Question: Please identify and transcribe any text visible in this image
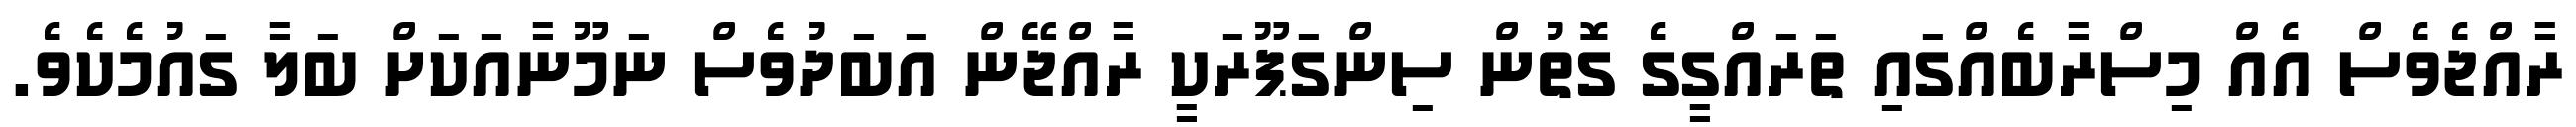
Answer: ރާއްޖެވެސް އެއް މިސްރާބެއްގައި ތަރައްގީގެ ގޮތުން ސިންގަޕޫރަކީ ރާއްޖޭން އަބަދުވެސް ނަމޫނާއަކަށް ބަލާ ގައުމެކެވެ.